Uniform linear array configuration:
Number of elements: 24
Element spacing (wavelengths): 0.5
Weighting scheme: binomial
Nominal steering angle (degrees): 0
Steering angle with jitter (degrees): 0.6839
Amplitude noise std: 0.05
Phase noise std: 0.05

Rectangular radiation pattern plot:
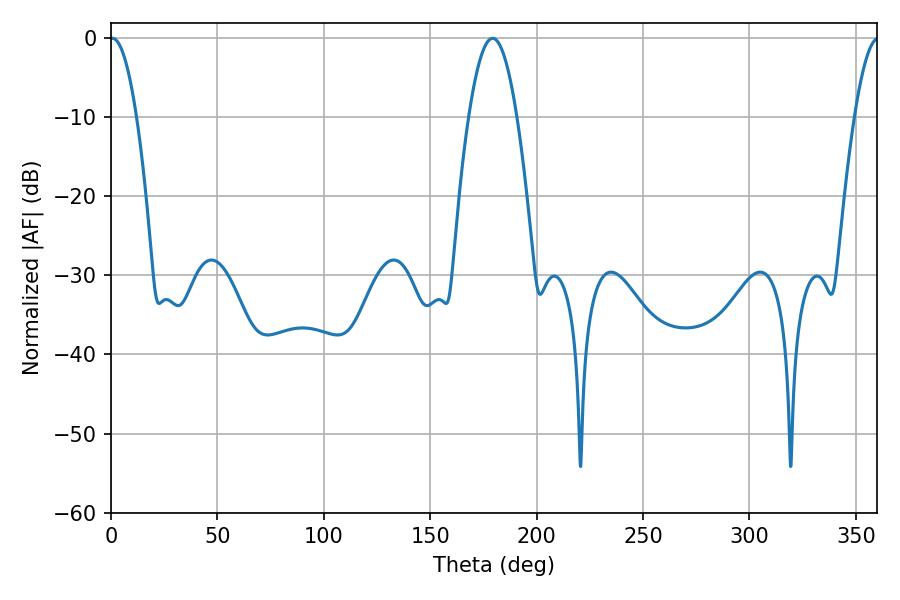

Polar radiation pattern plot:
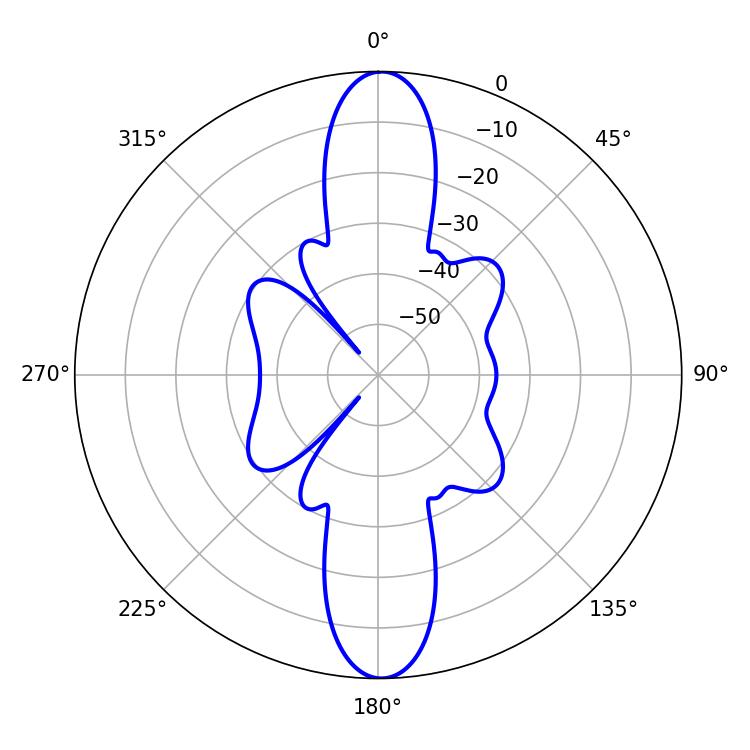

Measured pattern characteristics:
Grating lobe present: FALSE
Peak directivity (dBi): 25.773
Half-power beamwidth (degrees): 12.42
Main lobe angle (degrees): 179.28